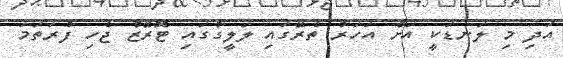
އަދި މި ލަނޑަކީ އަށް އަހަރު ތެރޭގައި ލަލީގާގައި ޓޮރޭޒް ޖެހި ފުރަތަމަ